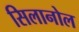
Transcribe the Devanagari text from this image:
सिलानोल